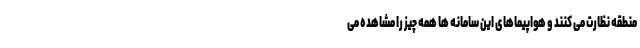
منطقه نظارت می کنند و هواپیماهای این سامانه ها همه چیز را مشاهده می